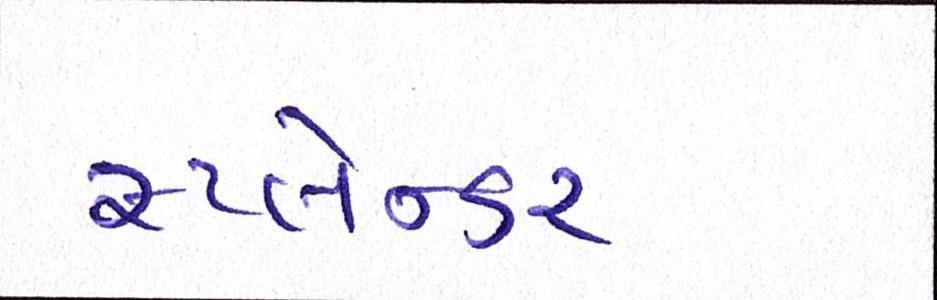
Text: સ્પ્લેન્ડર